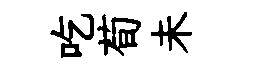
吃荀未